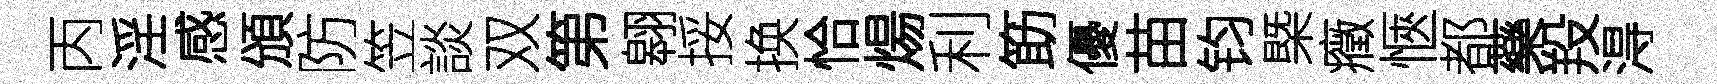
丙淫感頒防笠談双第翱挼换恰煬利筯優苗钧槩癥愜都藥羖淂